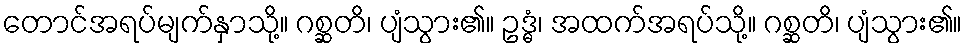
တောင်အရပ်မျက်နှာသို့။ ဂစ္ဆတိ၊ ပျံသွား၏။ ဥဒ္ဓံ၊ အထက်အရပ်သို့။ ဂစ္ဆတိ၊ ပျံသွား၏။